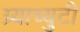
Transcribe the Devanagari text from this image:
ग्र्याच्युटी